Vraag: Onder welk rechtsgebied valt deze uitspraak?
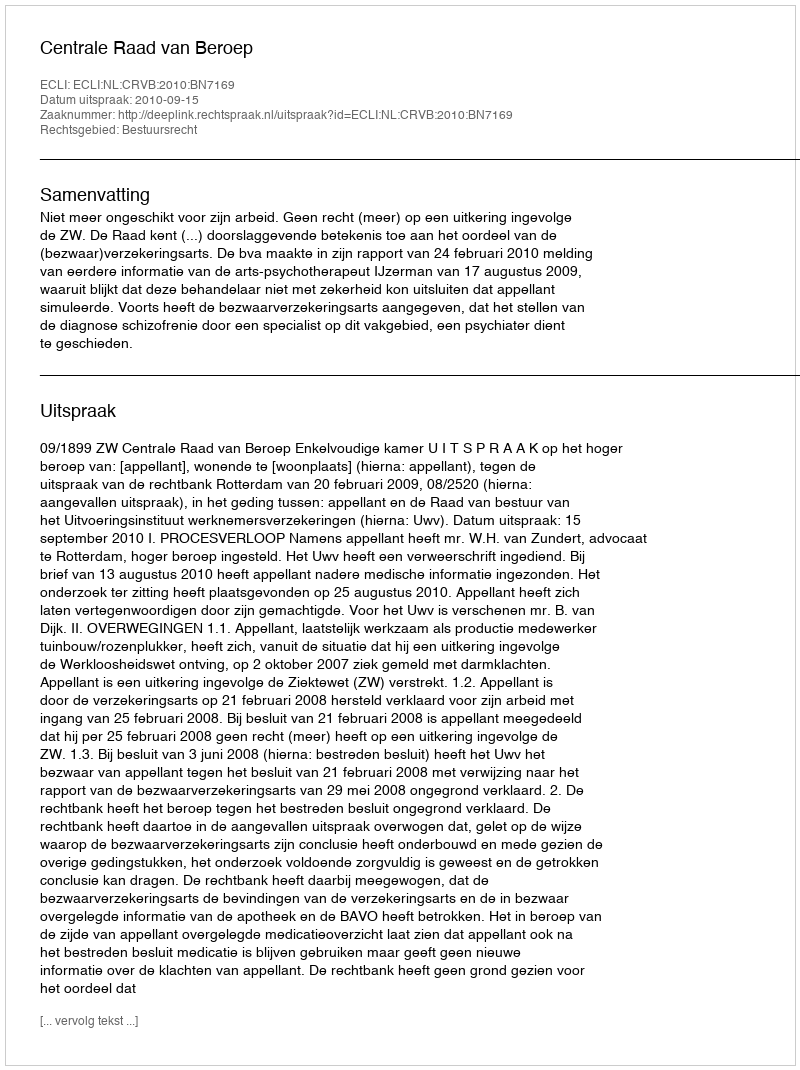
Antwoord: Bestuursrecht